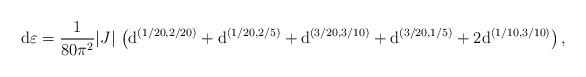
LaTeX: \begin{align*}\mathrm{d}\varepsilon = \frac{1}{80\pi^2} |J| \, \left( \mathrm{d}^{(1/20,2/20)} + \mathrm{d}^{(1/20,2/5)} + \mathrm{d}^{(3/20,3/10)} + \mathrm{d}^{(3/20,1/5)} + 2\mathrm{d}^{(1/10,3/10)} \right),\end{align*}